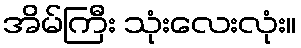
အိမ်ကြီး သုံးလေးလုံး။